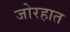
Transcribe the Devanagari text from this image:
जोरहात